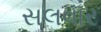
સલવાર